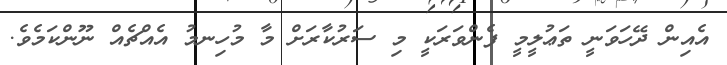
އެއިން ދޭހަވަނީ ތަޢުލީމީ ފެންވަރަކީ މި ސަރުކާރަށް މާ މުހިނމު އެއްޗެއް ނޫންކަމެވެ.